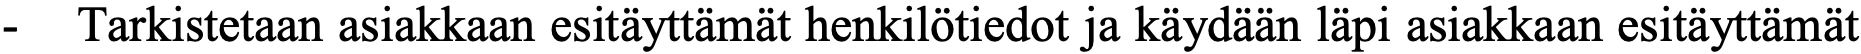
- Tarkistetaan asiakkaan esitäyttämät henkilötiedot ja käydään läpi asiakkaan esitäyttämät